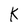
Character: K